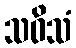
သဝိသံ